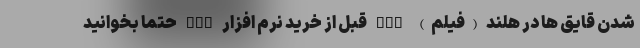
شدن قایق ها در هلند (فیلم) nan قبل از خرید نرم افزار CRM حتما بخوانید